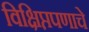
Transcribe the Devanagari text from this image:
विक्षिप्तपणाचे